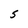
Character: S